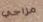
مزاجي